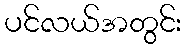
ပင်လယ်အတွင်း